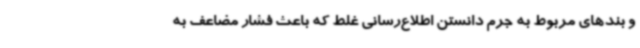
و بندهای مربوط به جرم دانستن اطلاع‌رسانی غلط که باعث فشار مضاعف به